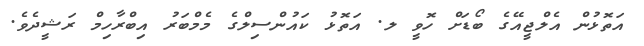
އަތޮޅުން އެލްޖީއޭގެ ބޯޑަށް ހޮވީ ލ. އަތޮޅު ކައުންސިލްގެ މެމްބަރު އިބްރާހިމް ރަޝީދެވެ.